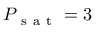
P _ { \mathrm { ~ s ~ a ~ t ~ } } = 3